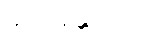
မိုင်းအန္တရာယ်